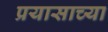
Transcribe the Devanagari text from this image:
प्रयासाच्या